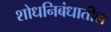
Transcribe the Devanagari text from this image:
शोधनिबंधातील